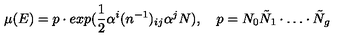
\mu ( E ) = p \cdot e x p ( \frac { 1 } { 2 } \alpha ^ { i } ( n ^ { - 1 } ) _ { i j } \alpha ^ { j } N ) , \quad p = N _ { 0 } \tilde { N } _ { 1 } \cdot \dots \cdot \tilde { N } _ { g }